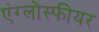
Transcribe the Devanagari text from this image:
एंग्लोस्फीयर